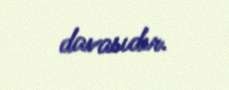
davasıdır.